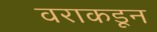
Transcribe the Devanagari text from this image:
वराकडून